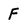
Character: F